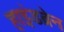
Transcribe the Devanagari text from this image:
हाइंडब्रेन